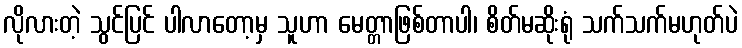
လိုလားတဲ့ သွင်ပြင် ပါလာတော့မှ သူဟာ မေတ္တာဖြစ်တာပါ၊ စိတ်မဆိုးရုံ သက်သက်မဟုတ်ပဲ